Vaccine operations Central Provinces 1900-1911 - 1900-1911
Year: 1900
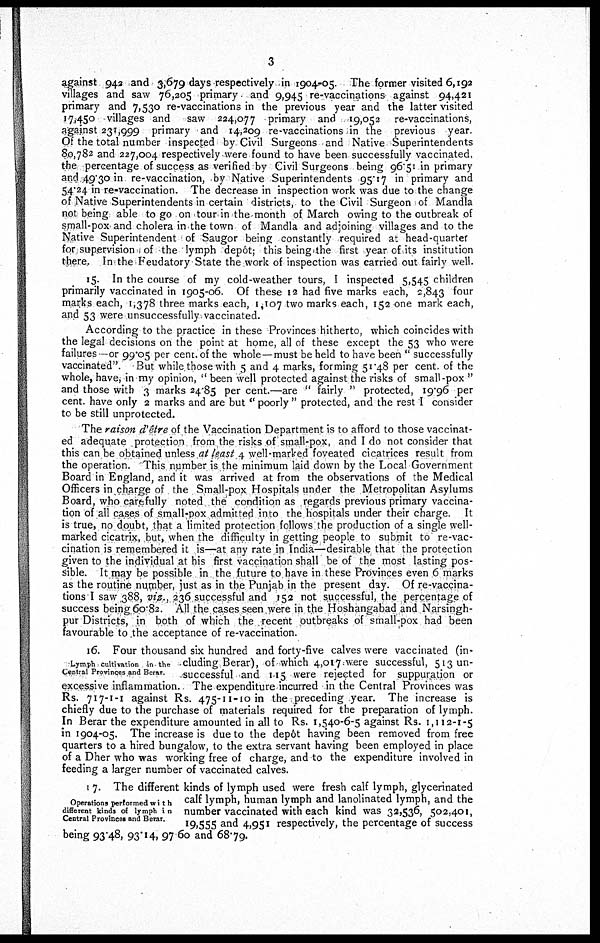
3
against 942 and 3,679 days respectively in 1904-05. The former visited 6,192
villages and saw 76,205 primary and 9,945 re-vaccinations against 94,421
primary and 7,530 re-vaccinations in the previous year and the latter visited
17,450 villages and saw 224,077 primary and 19,052 re-vaccinations,
against 231,999 primary and 14,209 re-vaccinations in the previous year
Of the total number inspected by Civil Surgeons and Native Superintendents
80,782 and 227,004 respectively were found to have been successfully vaccinated,
the percentage of success as verified by Civil Surgeons being 96.51 in primary
and 49.30 in re-vaccination, by Native Superintendents 95.17 in primary and
54.24 in re-vaccination. The decrease in inspection work was due to the change
of Native Superintendents in certain districts, to the Civil Surgeon of Mandla
not being able to go on tour in the month of March owing to the outbreak of
small-pox and cholera in the town of Mandla and adjoining villages and to the
Native Superintendent of Saugor being constantly required at head-quarter
for supervision of the lymph depôt; this being the first year of its institution
there. In the Feudatory State the work of inspection was carried out fairly well.
15. In the course of my cold-weather tours, I inspected 5,545 children
primarily vaccinated in 1905-06. Of these 12 had five marks each, 2,843 four
marks each, 1,378 three marks each, 1,107 two marks each, 152 one mark each,
and 53 were unsuccessfully vaccinated.
According to the practice in these Provinces hitherto, which coincides with
the legal decisions on the point at home, all of these except the 53 who were
failures —or 99.05 per cent. of the whole—must be held to have been " successfully
vaccinated". But while those with 5 and 4 marks, forming 51.48 per cent of the
whole, have, in my opinion, " been well protected against the risks of small-pox "
and those with 3 marks 24.85 per cent.—are " fairly" protected, 19.96 per
cent. have only 2 marks and are but " poorly " protected, and the rest I consider
to be still unprotected.
The raison d'être of the Vaccination Department is to afford to those vaccinat-
ed adequate protection from the risks of small-pox, and I do not consider that
this can be obtained unless at least 4 well-marked foveated cicatrices result from
the operation. This number is the minimum laid down by the Local Government
Board in England, and it was arrived at from the observations of the Medical
Officers in charge of the Small-pox Hospitals under the Metropolitan Asylums
Board, who carefully noted the condition as regards previous primary vaccina-
tion of all cases of small-pox admitted into the hospitals under their charge. It
is true, no doubt, that a limited protection follows the production of a single well-
marked cicatrix, but, when the difficulty in getting people to submit to re-vac-
cination is remembered it is—at any rate in India—desirable that the protection
given to the individual at his first vaccination shall be of the most lasting pos-
sible. It may be possible in the future to have in these Provinces even 6 marks
as the routine number, just as in the Punjab in the present day. Of re-vaccina-
tions I saw 388, viz., 236 successful and 152 not successful, the percentage of
success being 60.82. All the cases seen were in the Hoshangabad and Narsingh-
pur Districts, in both of which the recent outbreaks of small-pox had been
favourable to the acceptance of re-vaccination.
Lymph cultivation in the
Central Provinces and Berar
16. Four thousand six hundred and forty-five calves were vaccinated (in-
cluding Berar), of which 4,017 were successful, 513 un-
successful and 115 were rejected for suppuration or
excessive inflammation. The expenditure incurred in the Central Provinces was
Rs. 717-1-1 against Rs. 475-11-10 in the preceding year. The increase is
chiefly due to the purchase of materials required for the preparation of lymph.
In Berar the expenditure amounted in all to Rs. 1,540-6-5 against Rs. 1,112-1-5
in 1904-05. The increase is due to the depôt having been removed from free
quarters to a hired bungalow, to the extra servant having been employed in place
of a Dher who was working free of charge, and to the expenditure involved in
feeding a larger number of vaccinated calves.
Operations performed with
different kinds of lymph in
Central Provinces and Berar
17. The different kinds of lymph used were fresh calf lymph, glycerinated
calf lymph, human lymph and lanolinated lymph, and the
number vaccinated with each kind was 32,536, 502,401,
19,555 and 4,951 respectively, the percentage of success
being 93.48, 93.14, 97.60 and 68.79.